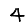
Digit: 4